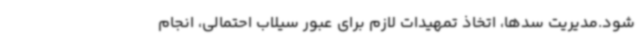
شود.مدیریت سدها، اتخاذ تمهیدات لازم برای عبور سیلاب احتمالی، انجام